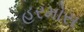
હરમોસ